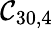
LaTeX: \mathcal{C}_{30,4}